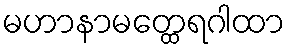
မဟာနာမတ္ထေရဂါထာ